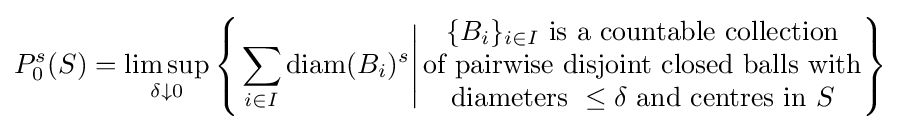
P_{0}^{s}(S)=\limsup _{\delta \downarrow 0}\left\{\left.\sum _{i\in I}\mathrm {diam} (B_{i})^{s}\right|{\begin{matrix}\{B_{i}\}_{i\in I}{\text{ is a countable collection}}\\{\text{of pairwise disjoint closed balls with}}\\{\text{diameters }}\leq \delta {\text{ and centres in }}S\end{matrix}}\right\}